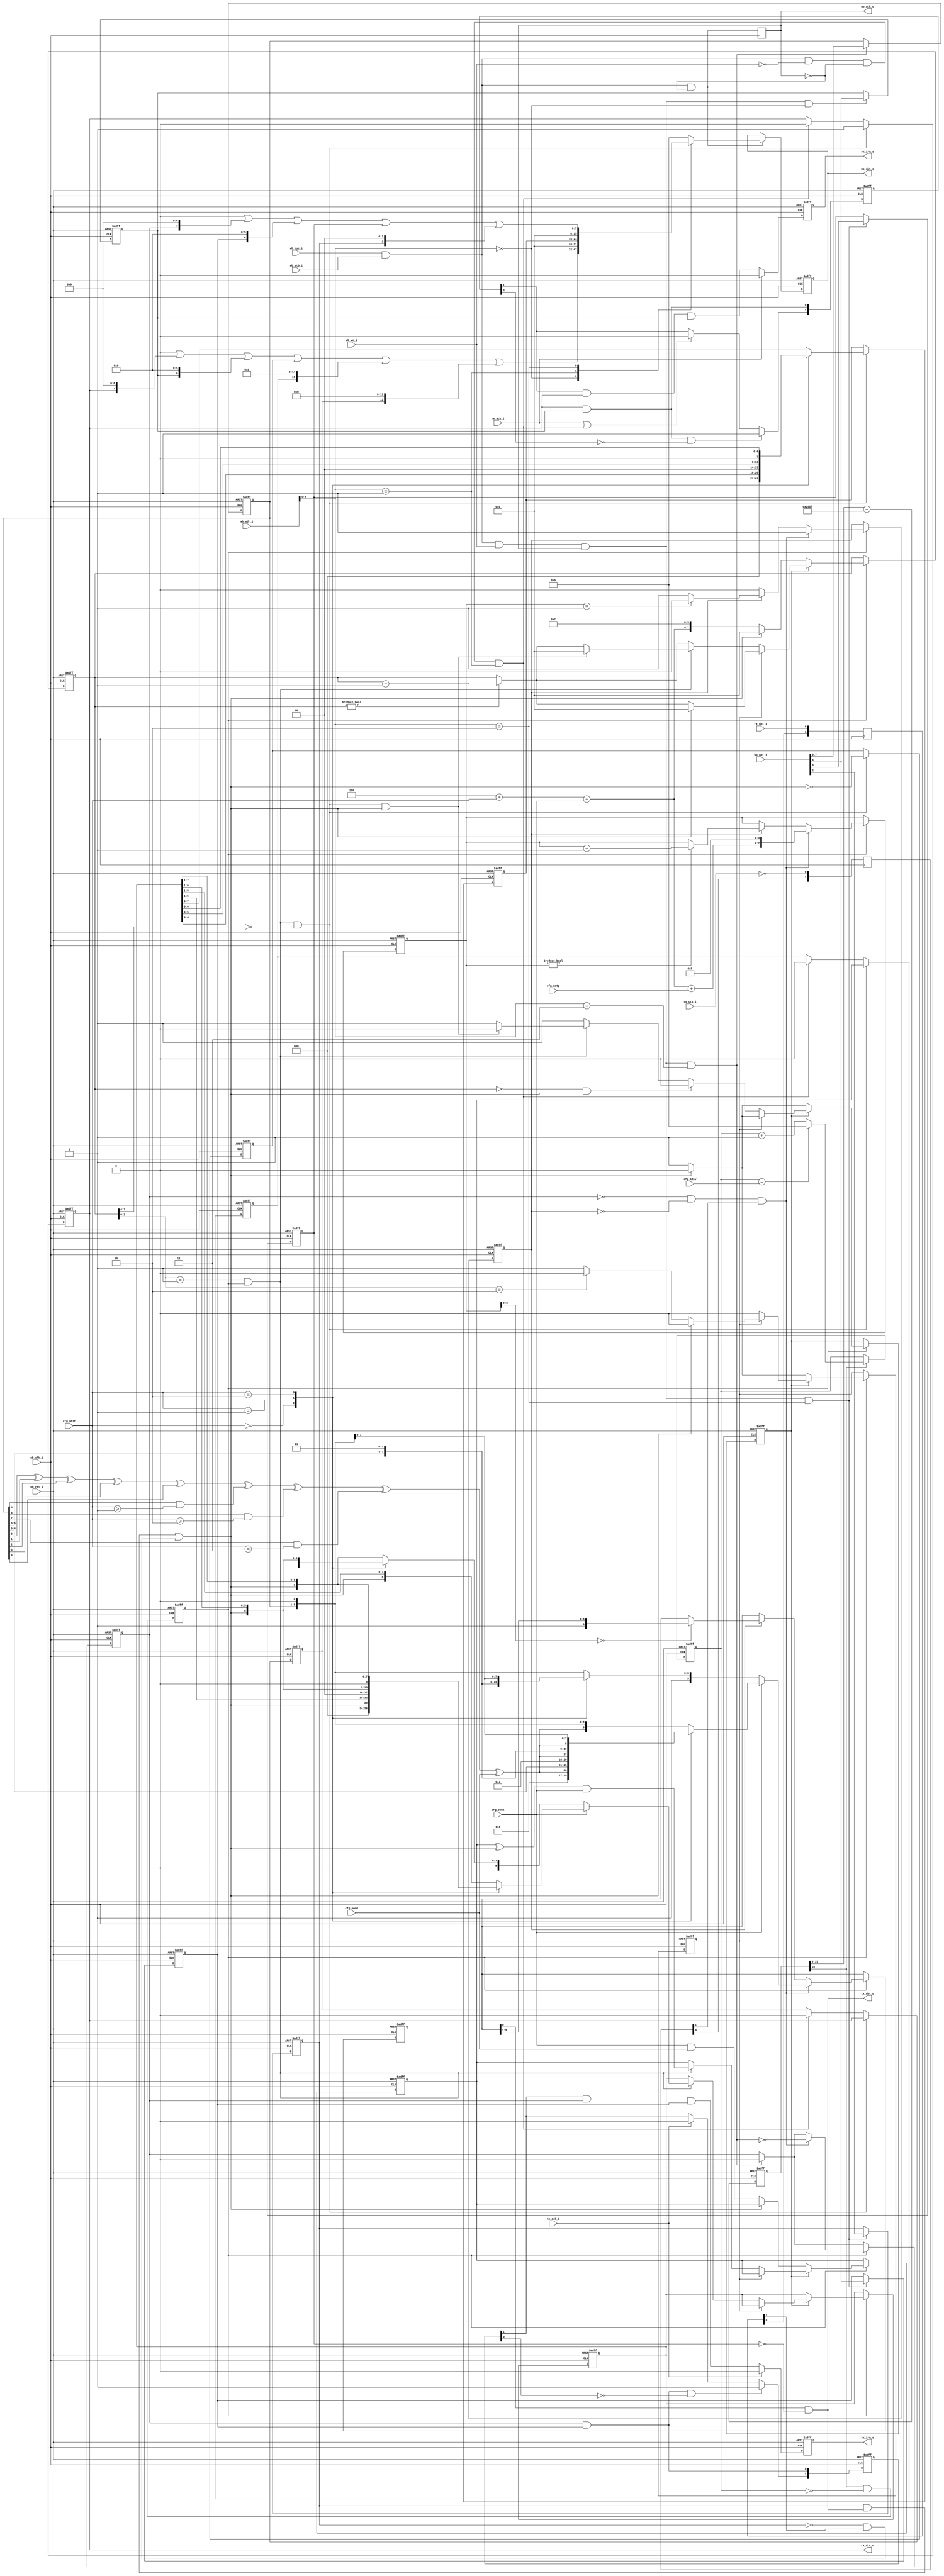
//
// Copyright (c) 2014-2019 by 1801BM1@gmail.com
//
// Universal Serial Asynchronous Receiver-Transmitter (065-style)
//
// - Wishbone complatible
// - Configurable with external signals
// - Phase accumulator generates arbitrary baud rate without extra PLL
// - Supports vectored interruts in cooperation with wbc_vic
//______________________________________________________________________________
//
module wbc_uart #(parameter REFCLK=100000000)
(
   input                wb_clk_i,   // system clock
   input                wb_rst_i,   // peripheral reset
                                    //
   input  [2:0]         wb_adr_i,   //
   input  [15:0]        wb_dat_i,   //
   output reg [15:0]    wb_dat_o,   //
   input                wb_cyc_i,   //
   input                wb_we_i,    //
   input                wb_stb_i,   //
   output reg           wb_ack_o,   //
                                    //
   output               tx_dat_o,   // output serial data (txd))
   input                tx_cts_i,   // enable transmitter (rts)
   input                rx_dat_i,   // input serial data (rxd)
   output               rx_dtr_o,   // receiver ready (cts)
                                    //
   output reg           tx_irq_o,   // tx interrupt request
   input                tx_ack_i,   //
   output reg           rx_irq_o,   // rx interrupt request
   input                rx_ack_i,   //
                                    //
   input [15:0]         cfg_bdiv,   // baudrate divisor: (921600/baud)-1
   input [1:0]          cfg_nbit,   // word length: 00-5, 01-6, 10-7, 11-8 bit
   input                cfg_nstp,   // tx stop bits: 0 - 1 stop, 1 - 2 stop
   input                cfg_pena,   // parity control enable
   input                cfg_podd    // odd parity (complete to odd ones)
);

wire  [63:0]   add_arg;
reg   [16:0]   add_reg;
reg   [15:0]   baud_div;
reg            baud_x16;
wire           baud_ref;
reg   [1:0]    tx_cts_reg;
reg   [1:0]    rx_dat_reg;

reg   [1:0]    tx_irq_edge, rx_irq_edge;
wire           rx_csr_wstb, rx_rbr_rstb;
wire           tx_csr_wstb, tx_thr_wstb;

wire           tx_par;
wire  [15:0]   tx_csr;
reg   [7:0]    tx_thr;
reg   [9:0]    tx_shr;
reg   [7:0]    tx_bcnt;
reg            tx_busy;
reg            tx_csr_ie, tx_csr_flg, tx_csr_tst, tx_csr_brk;

wire           rx_dat;
wire  [15:0]   rx_csr;
reg   [7:0]    rx_rbr;
reg   [8:0]    rx_shr;
reg   [7:0]    rx_bcnt;
reg            rx_csr_ie, rx_csr_flg, rx_csr_perr, rx_csr_ovf, rx_csr_brk;
wire           rx_load, rx_stb;
reg            rx_frame, rx_start, rx_par;

//______________________________________________________________________________
//
// Caution note: the arithmetic expressions should be calculated in 64-bit width
//
assign   add_arg = (64'h0000000000010000 * 64'd921600 * 64'd16)/REFCLK;
assign   baud_ref = add_reg[16];
//
// Phase accumulator to generate 921600 * 16 Hz reference clock strobe
//
always @(posedge wb_clk_i or posedge wb_rst_i)
begin
   if (wb_rst_i)
      add_reg <= 17'h00000;
   else
   begin
      add_reg <= {1'b0, add_reg[15:0]} + add_arg[16:0];
   end
end
//
// Baud rate x16 generator
//
always @(posedge wb_clk_i or posedge wb_rst_i)
begin
   if (wb_rst_i)
   begin
      baud_div <= 16'h0000;
      baud_x16 <= 1'b0;
   end
   else
   begin
      if (baud_ref)
         if (baud_div == cfg_bdiv)
            baud_div <= 16'h0000;
         else
            baud_div <= baud_div + 16'h0001;

      baud_x16 <= baud_ref & (baud_div == 16'h0000);
   end

end

//______________________________________________________________________________
//
assign tx_csr = 16'o000000 | (tx_csr_flg<<7) | (tx_csr_ie<<6) | (tx_csr_brk<<0) | (tx_csr_tst<<2) ;
assign rx_csr = 16'o000000 | (rx_csr_flg<<7) | (rx_csr_ie<<6) | (rx_csr_brk<<0) | (rx_csr_perr<<15) | (rx_csr_ovf<<12);

assign rx_csr_wstb = wb_cyc_i & wb_stb_i &  wb_we_i &  wb_ack_o & (wb_adr_i[2:1] == 2'b00);
assign rx_rbr_rstb = wb_cyc_i & wb_stb_i & ~wb_we_i & ~wb_ack_o & (wb_adr_i[2:1] == 2'b01);
assign tx_csr_wstb = wb_cyc_i & wb_stb_i &  wb_we_i &  wb_ack_o & (wb_adr_i[2:1] == 2'b10);
assign tx_thr_wstb = wb_cyc_i & wb_stb_i &  wb_we_i &  wb_ack_o & (wb_adr_i[2:1] == 2'b11);
//
// Output data multiplexed register
//
always @(posedge wb_clk_i or posedge wb_rst_i)
begin
   if (wb_rst_i)
      wb_dat_o <= 16'h0000;
   else
      if (wb_cyc_i & wb_stb_i & ~wb_ack_o)
         case(wb_adr_i[2:1])
            2'b00:   wb_dat_o <= rx_csr;  // 177560
            2'b01:   wb_dat_o <= rx_rbr;  // 177562
            2'b10:   wb_dat_o <= tx_csr;  // 177564
            default: wb_dat_o <= 16'o000000;
         endcase
end

always @(posedge wb_clk_i)
   wb_ack_o <= wb_cyc_i & wb_stb_i & ~wb_ack_o;

//
// Control register bits
//
always @(posedge wb_clk_i or posedge wb_rst_i)
begin
   if (wb_rst_i)
   begin
      rx_csr_ie  <= 1'b0;
      tx_csr_ie  <= 1'b0;
      tx_csr_tst <= 1'b0;
      tx_csr_brk <= 1'b0;
   end
   else
   begin
      if (rx_csr_wstb)
         rx_csr_ie <= wb_dat_i[6];

      if (tx_csr_wstb)
      begin
         tx_csr_ie  <= wb_dat_i[6];
         tx_csr_tst <= wb_dat_i[2];
         tx_csr_brk <= wb_dat_i[0];
      end
   end
end

//______________________________________________________________________________
//
// Interrupts
//
always @(posedge wb_clk_i or posedge wb_rst_i)
begin
   if (wb_rst_i)
   begin
      rx_irq_edge <= 2'b00;
      tx_irq_edge <= 2'b00;
      tx_irq_o    <= 1'b0;
      rx_irq_o    <= 1'b0;
   end
   else
   begin
      rx_irq_edge[0] <= rx_csr_flg & rx_csr_ie;
      if (rx_csr_flg & rx_csr_ie & ~rx_irq_edge[0])
         rx_irq_edge[1] <= 1'b1;
      else
         if (rx_ack_i | rx_rbr_rstb)
            rx_irq_edge[1] <= 1'b0;

      tx_irq_edge[0] <= tx_csr_flg & tx_csr_ie;
      if (tx_csr_flg & tx_csr_ie & ~tx_irq_edge[0])
         tx_irq_edge[1] <= 1'b1;
      else
         if (tx_ack_i)
            tx_irq_edge[1] <= 1'b0;

      if (rx_ack_i)
         rx_irq_o <= 1'b0;
      else
         rx_irq_o <= rx_irq_edge[1] & rx_csr_flg & rx_csr_ie;

      if (tx_ack_i)
         tx_irq_o <= 1'b0;
      else
         tx_irq_o <= tx_irq_edge[1] & tx_csr_flg & tx_csr_ie;
   end
end

//______________________________________________________________________________
//
// Metastability issues
//
always @(posedge wb_clk_i)
begin
   tx_cts_reg[0] <= ~tx_cts_i;
   tx_cts_reg[1] <= tx_cts_reg[0];

   rx_dat_reg[0] <= rx_dat_i;
   rx_dat_reg[1] <= rx_dat_reg[0];
end

//______________________________________________________________________________
//
// Transmitter unit
//
assign tx_par = tx_thr[0] ^ tx_thr[1] ^ tx_thr[2] ^ tx_thr[3] ^ tx_thr[4]
              ^ (tx_thr[5] & (cfg_nbit >= 2'b01))
              ^ (tx_thr[6] & (cfg_nbit >= 2'b10))
              ^ (tx_thr[7] & (cfg_nbit == 2'b11))
              ^ cfg_podd;
assign tx_dat_o = tx_shr[0] & ~tx_csr_brk;

always @(posedge wb_clk_i or posedge wb_rst_i)
begin
   if (wb_rst_i)
   begin
      tx_csr_flg <= 1'b1;
      tx_shr  <= 10'o1777;
      tx_busy <= 1'b0;
      tx_bcnt <= 8'b00000000;
      tx_thr  <= 8'b00000000;
   end
   else
   begin
      //
      // Transmitter hold register write
      //
      if (tx_thr_wstb)
      begin
         tx_csr_flg <= 1'b0;
         tx_thr <= wb_dat_i[7:0];
      end

      if (baud_x16)
      begin
         //
         // Transmit process
         //
         if (tx_busy)
         begin
            if (tx_bcnt == 8'b00000001)
               tx_busy <= 1'b0;

            if (tx_bcnt != 8'b00000000)
               tx_bcnt <= tx_bcnt - 8'b00000001;

            if (tx_bcnt[3:0] == 4'b0000)
               tx_shr  <= {1'b1, tx_shr[9:1]};
         end

         //
         // Starting new word transmit
         //
         if (~tx_csr_flg & ~tx_busy & tx_cts_reg[1])
         begin
            tx_busy    <= 1'b1;
            tx_csr_flg <= ~tx_thr_wstb;
            tx_bcnt    <= {4'b0110 + {2'b00, cfg_nbit} + {3'b000, cfg_pena} + {3'b000, cfg_nstp}, 4'b1111};

            if (cfg_pena)
               case(cfg_nbit)
                  2'b00:   tx_shr <= {3'b111, tx_par, tx_thr[4:0], 1'b0};
                  2'b01:   tx_shr <= {2'b11,  tx_par, tx_thr[5:0], 1'b0};
                  2'b10:   tx_shr <= {1'b1,   tx_par, tx_thr[6:0], 1'b0};
                  default: tx_shr <= {        tx_par, tx_thr[7:0], 1'b0};
               endcase
            else
               case(cfg_nbit)
                  2'b00:   tx_shr <= {4'b1111, tx_thr[4:0], 1'b0};
                  2'b01:   tx_shr <= {3'b111,  tx_thr[5:0], 1'b0};
                  2'b10:   tx_shr <= {2'b11,   tx_thr[6:0], 1'b0};
                  default: tx_shr <= {1'b1,    tx_thr[7:0], 1'b0};
               endcase
         end
      end
   end
end

//______________________________________________________________________________
//
// Receiver unit
//
assign rx_dtr_o = rx_csr_flg;
assign rx_dat =  tx_csr_tst & tx_dat_o
              | ~tx_csr_tst & rx_dat_reg[1];

assign rx_load = rx_stb & (rx_bcnt[7:4] == 4'b0000);
assign rx_stb  = (rx_bcnt[3:0] == 4'b0001) & baud_x16;

always @(posedge wb_clk_i or posedge wb_rst_i)
begin
   if (wb_rst_i)
   begin
      rx_csr_flg  <= 1'b0;
      rx_csr_perr <= 1'b0;
      rx_csr_ovf  <= 1'b0;
      rx_csr_brk  <= 1'b0;
      rx_frame    <= 1'b0;
      rx_start    <= 1'b0;
      rx_par      <= 1'b0;
      rx_rbr  <= 8'b00000000;
      rx_shr  <= 9'b00000000;
      rx_bcnt <= 8'b00000000;
   end
   else
   begin
      if (rx_load)
      begin
         rx_csr_flg  <= 1'b1;
         case(cfg_nbit)
            2'b00:   rx_rbr <= {3'b000, rx_shr[4:0]};
            2'b01:   rx_rbr <= {2'b00, rx_shr[5:0]};
            2'b10:   rx_rbr <= {1'b0, rx_shr[6:0]};
            default: rx_rbr <= rx_shr[7:0];
         endcase
         rx_csr_perr <= rx_par;
         rx_csr_ovf  <= rx_csr_flg;
         rx_csr_brk  <= ~rx_dat;
      end
      else
         if (rx_rbr_rstb)
         begin
            rx_csr_flg  <= 1'b0;
            rx_csr_perr <= 1'b0;
            rx_csr_ovf  <= 1'b0;
         end

      if (baud_x16)
      begin
         if (~rx_frame)
            //
            // Waiting for start bit
            //
            if (~rx_dat)
            begin
               rx_par   <= cfg_pena & cfg_podd;
               rx_start <= 1'b1;
               rx_frame <= 1'b1;
               rx_bcnt  <= {4'b0110 + {2'b00, cfg_nbit} + {3'b000, cfg_pena}, 4'b0111};
            end
            else
            begin
               rx_start <= 1'b0;
               rx_bcnt  <= 8'b00000000;
            end
         else
         begin
            //
            // Receiving frame
            //
            if (rx_bcnt != 8'b00000000)
               rx_bcnt <= rx_bcnt - 8'b00000001;
            //
            // Start bit monitoring
            //
            if (rx_start)
            begin
               if (rx_dat)
               begin
                  //
                  // Spurrious start bit
                  //
                  rx_start <= 1'b0;
                  rx_frame <= 1'b0;
                  rx_bcnt  <= 8'b00000000;
               end
               else
                  if (rx_bcnt[3:0] == 4'b0010)
                     rx_start <= 1'b0;
            end
            else
            begin
               //
               // Receiving data
               //
               if (rx_stb)
               begin
                  rx_par <= (rx_par ^ rx_dat) & cfg_pena;
                  if (cfg_pena)
                     case(cfg_nbit)
                        2'b00:   rx_shr <= {3'b000, rx_dat, rx_shr[5:1]};
                        2'b01:   rx_shr <= {2'b00, rx_dat, rx_shr[6:1]};
                        2'b10:   rx_shr <= {1'b0, rx_dat, rx_shr[7:1]};
                        default: rx_shr <= {rx_dat, rx_shr[8:1]};
                     endcase
                  else
                     case(cfg_nbit)
                        2'b00:   rx_shr <= {4'b0000, rx_dat, rx_shr[4:1]};
                        2'b01:   rx_shr <= {3'b000, rx_dat, rx_shr[5:1]};
                        2'b10:   rx_shr <= {2'b00, rx_dat, rx_shr[6:1]};
                        default: rx_shr <= {1'b0, rx_dat, rx_shr[7:1]};
                     endcase
                  if (rx_load & rx_dat)
                  begin
                     //
                     // Stop bit detected
                     //
                     rx_frame <= 1'b0;
                     rx_bcnt  <= 8'b00000000;
                  end
               end
               if ((rx_bcnt == 8'b00000000) & rx_dat)
                  rx_frame <= 1'b0;
            end
         end
      end
   end
end
endmodule